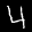
Label: 4